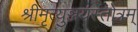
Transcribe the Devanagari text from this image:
श्रीमृत्युञ्जयस्तोत्रम्